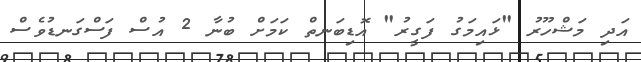
އަދި މަޝްހޫރު "ޅައިމަގު ފަގީރު" އޮޑިބަނތް ކަމަށް ބުނާ 2 އުސް ފަސްގަނޑުވެސް